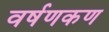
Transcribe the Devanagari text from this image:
वर्षणकण